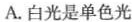
A.白光是单色光